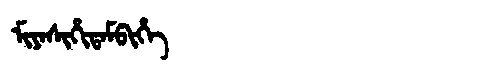
Manchu: ᠮᡳᠶᠠᠰᡳᡥᡳᡨᠠᠮᠪᡳᡥᡝ
Romanization: MIYASIHITAMBIHE